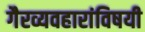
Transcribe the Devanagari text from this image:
गैरव्यवहारांविषयी